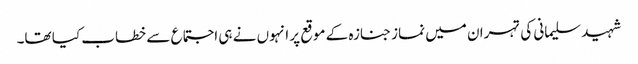
شہید سلیمانی کی تہران میں نماز جنازہ کے موقع پر انہوں نے ہی اجتماع سے خطاب کیا تھا۔